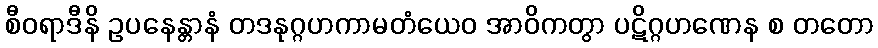
စီဝရာဒီနိ ဥပနေန္တာနံ တဒနုဂ္ဂဟကာမတံယေဝ အာဝိကတွာ ပဋိဂ္ဂဟဏေန စ တတော